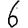
Digit: 6